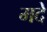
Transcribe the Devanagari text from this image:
मदे